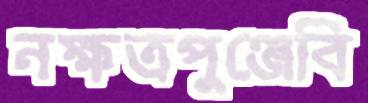
নক্ষত্রপুঞ্জেবি